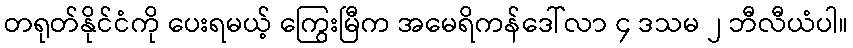
တရုတ်နိုင်ငံကို ပေးရမယ့် ကြွေးမြီက အမေရိကန်ဒေါ်လာ ၄ ဒသမ ၂ ဘီလီယံပါ။